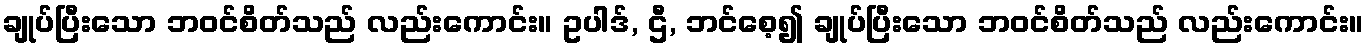
ချုပ်ပြီးသော ဘဝင်စိတ်သည် လည်းကောင်း။ ဥပါဒ်, ဌီ, ဘင်စေ့၍ ချုပ်ပြီးသော ဘဝင်စိတ်သည် လည်းကောင်း။